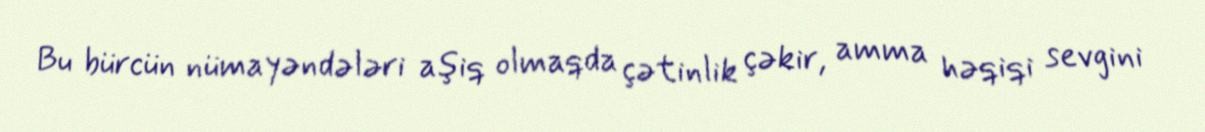
Bu bürcün nümayəndələri aşiq olmaqda çətinlik çəkir, amma həqiqi sevgini